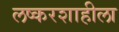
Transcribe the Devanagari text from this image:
लष्करशाहीला